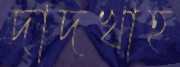
দাদখাহ